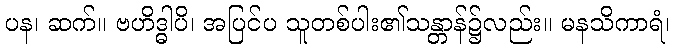
ပန၊ ဆက်။ ဗဟိဒ္ဓါပိ၊ အပြင်ပ သူတစ်ပါး၏သန္တာန်၌လည်း။ မနသိကာရံ၊